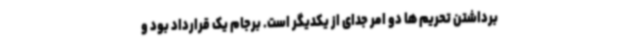
برداشتن تحریم ها دو امر جدای از یکدیگر است. برجام یک قرارداد بود و